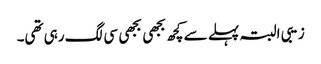
زیبی البتہ پہلے سے کچھ بجھی بجھی سی لگ رہی تھی۔